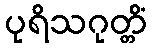
ပုရိသဂုတ္တိံ